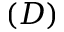
( D )